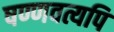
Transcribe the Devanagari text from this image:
षण्णवत्यपि